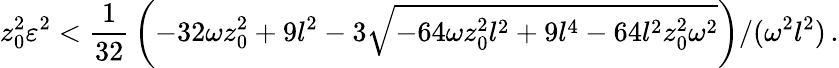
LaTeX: z_{0}^{2}\varepsilon^{2}<{\frac{1}{32}}\left(-32\omega z_{0}^{2}+9l^{2}-3\sqrt{-64\omega z_{0}^{2}l^{2}+9l^{4}-64l^{2}z_{0}^{2}\omega^{2}}\right)/(\omega^{2}l^{2})\, .